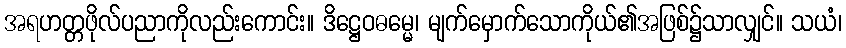
အရဟတ္တဖိုလ်ပညာကိုလည်းကောင်း။ ဒိဋ္ဌေဝဓမ္မေ၊ မျက်မှောက်သောကိုယ်၏အဖြစ်၌သာလျှင်။ သယံ၊